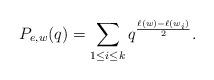
LaTeX: \begin{align*} P_{e,w}(q)=\sum_{1\leq i\leq k}q^{\frac{\ell(w)-\ell(w_i)}{2}}. \end{align*}